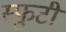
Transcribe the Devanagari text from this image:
स्फुटी